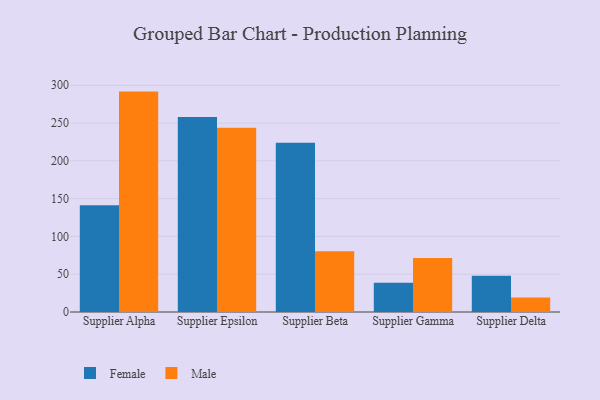
{"axis": {"x": "Supplier", "y": "Market Share (%)"}, "legend": ["Female", "Male"], "data": [{"x": "Supplier Alpha", "y": 141.1, "type": "Female"}, {"x": "Supplier Alpha", "y": 291.6, "type": "Male"}, {"x": "Supplier Epsilon", "y": 257.9, "type": "Female"}, {"x": "Supplier Epsilon", "y": 243.8, "type": "Male"}, {"x": "Supplier Beta", "y": 223.8, "type": "Female"}, {"x": "Supplier Beta", "y": 80.4, "type": "Male"}, {"x": "Supplier Gamma", "y": 38.8, "type": "Female"}, {"x": "Supplier Gamma", "y": 71.5, "type": "Male"}, {"x": "Supplier Delta", "y": 47.8, "type": "Female"}, {"x": "Supplier Delta", "y": 19.1, "type": "Male"}]}